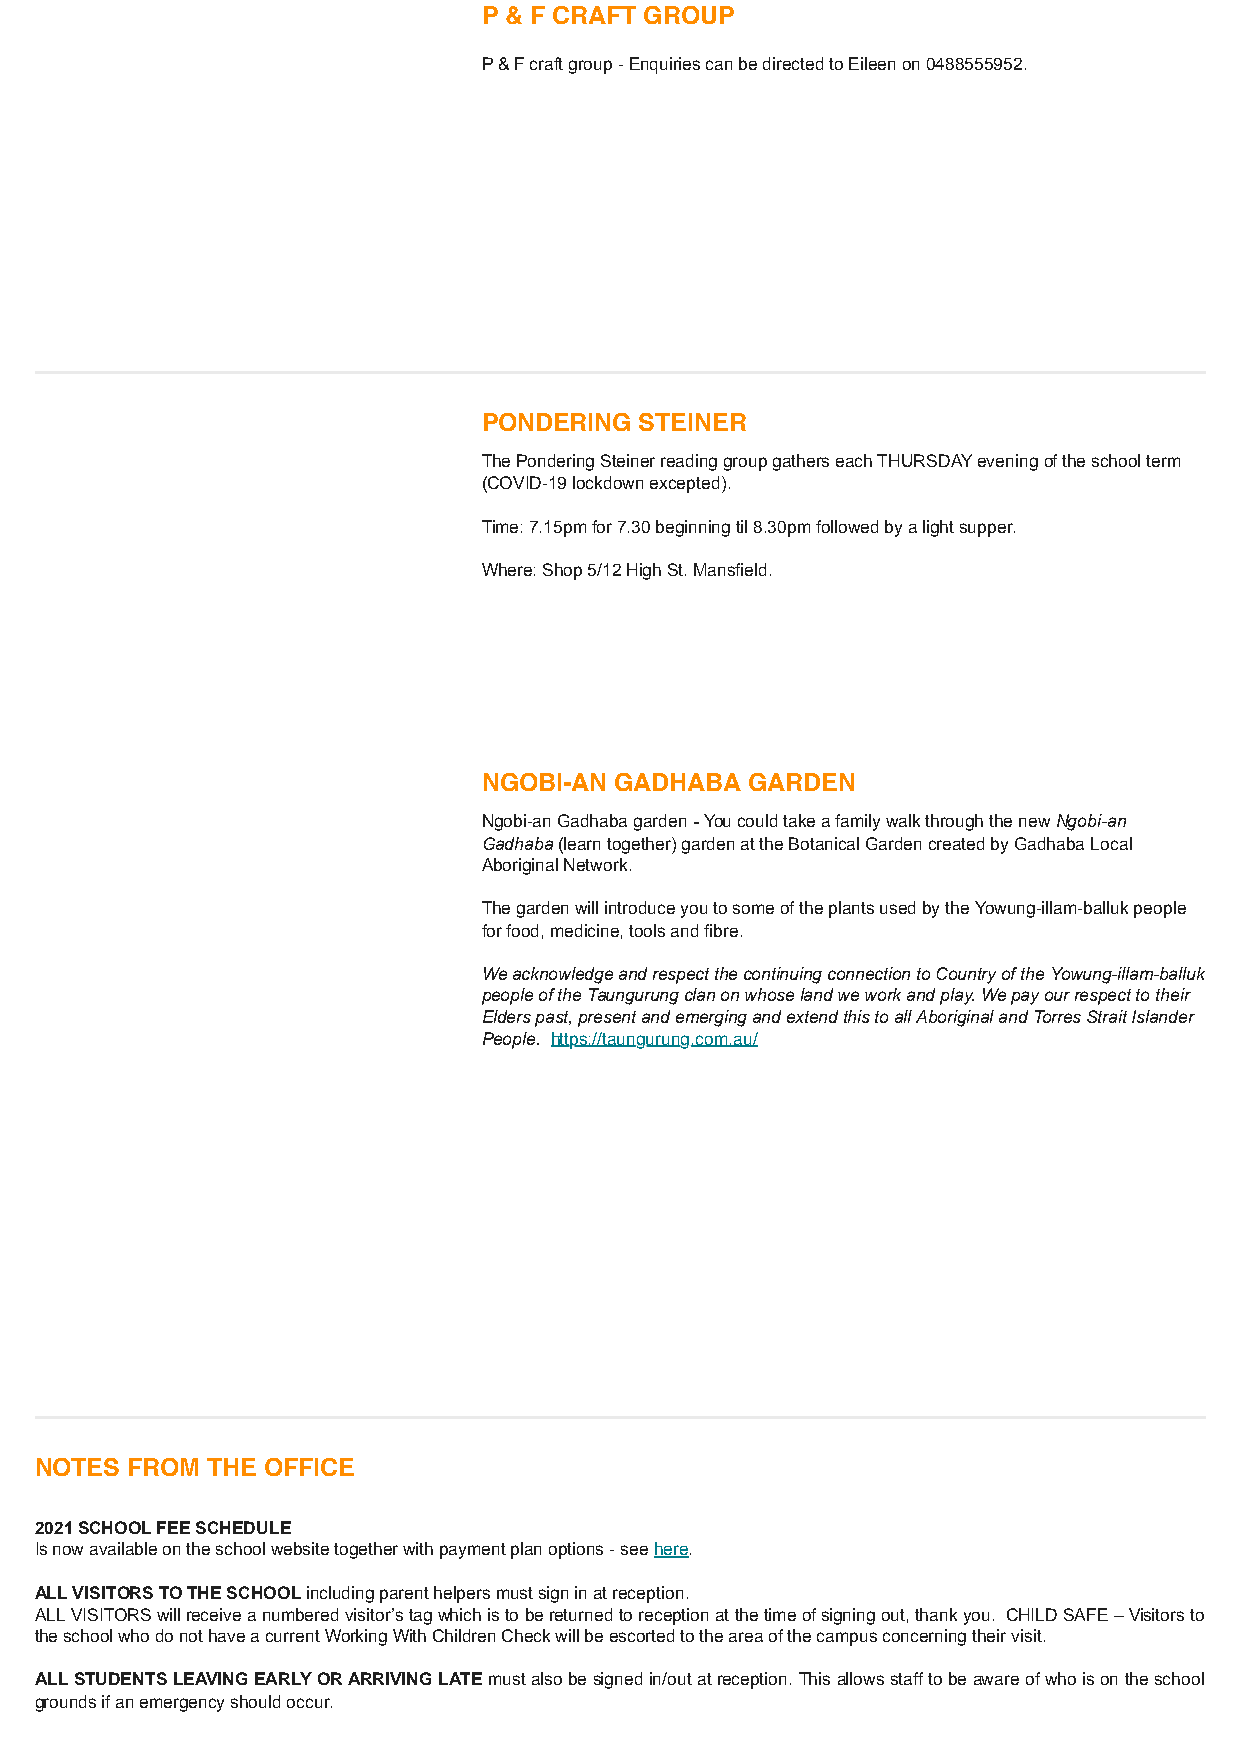
P & F CRAFT GROUP
 P & F craft group - Enquiries can be directed to Eileen on 0488555952.
 PONDERING STEINER
 The Pondering Steiner reading group gathers each THURSDAY evening of the school term
 (COVID-19 lockdown excepted).
 Time: 7.15pm for 7.30 beginning til 8.30pm followed by a light supper.
 Where: Shop 5/12 High St. Mansfield.
 NGOBI-AN GADHABA  GARDEN
 Ngobi-an Gadhaba garden - You could take a family walk through the new Ngobi-an
 Gadhaba (learn together) garden at the Botanical Garden created by Gadhaba Local
 Aboriginal Network.
 The garden will introduce you to some of the plants used by the Yowung-illam-balluk people
 for food, medicine, tools and fibre.
 We acknowledge and respect the continuing connection to Country of the Yowung-illam-balluk
 people of the Taungurung clan on whose land we work and play. We pay our respect to their
 Elders past, present and emerging and extend this to all Aboriginal and Torres Strait Islander
 People. https://taungurung.com.au/
 NOTES FROM  THE OFFICE
 2021 SCHOOL FEE SCHEDULE
 Is now available on the school website together with payment plan options - see here.
 ALL VISITORS TO THE SCHOOL including parent helpers must sign in at reception.
 ALL VISITORS will receive a numbered visitor’s tag which is to be returned to reception at the time of signing out, thank you. CHILD SAFE – Visitors to
 the school who do not have a current Working With Children Check will be escorted to the area of the campus concerning their visit.
 ALL STUDENTS LEAVING EARLY OR ARRIVING LATE must also be signed in/out at reception. This allows staff to be aware of who is on the school
 grounds if an emergency should occur.